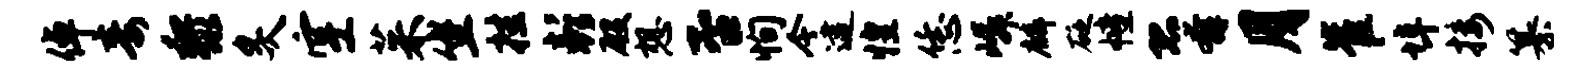
倬毒黎炙空茱坐挂彭殷想否恂今逮惶恁嶙麟砭幢恐奔月崔埠接纂